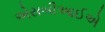
એસબીઆઈએ